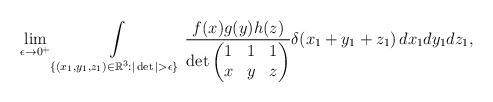
LaTeX: \begin{align*}\lim_{\epsilon\to 0^+} \int_{\{(x_1,y_1,z_1)\in\mathbb{R}^3 : |\det| > \epsilon\}}\limits \frac{f(x)g(y)h(z)}{\det\begin{pmatrix}1 & 1 & 1\\ x & y & z \end{pmatrix}} \delta(x_1+y_1+z_1)\, dx_1dy_1dz_1,\end{align*}